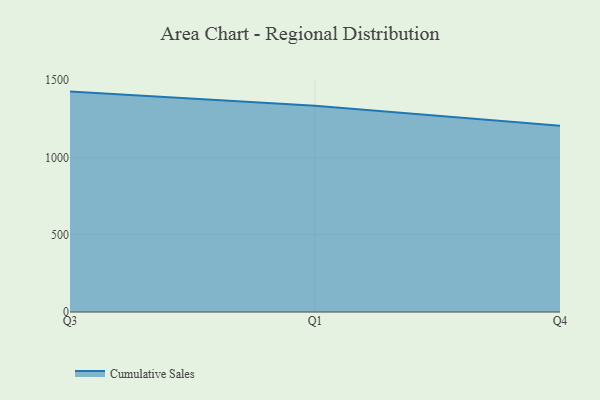
{"axis": {"x": "Quarter", "y": "Temperature (°C)"}, "legend": ["Cumulative Sales"], "data": [{"x": "Q3", "y": 1425.6, "type": "Cumulative Sales"}, {"x": "Q1", "y": 1333.7, "type": "Cumulative Sales"}, {"x": "Q4", "y": 1204.8, "type": "Cumulative Sales"}]}